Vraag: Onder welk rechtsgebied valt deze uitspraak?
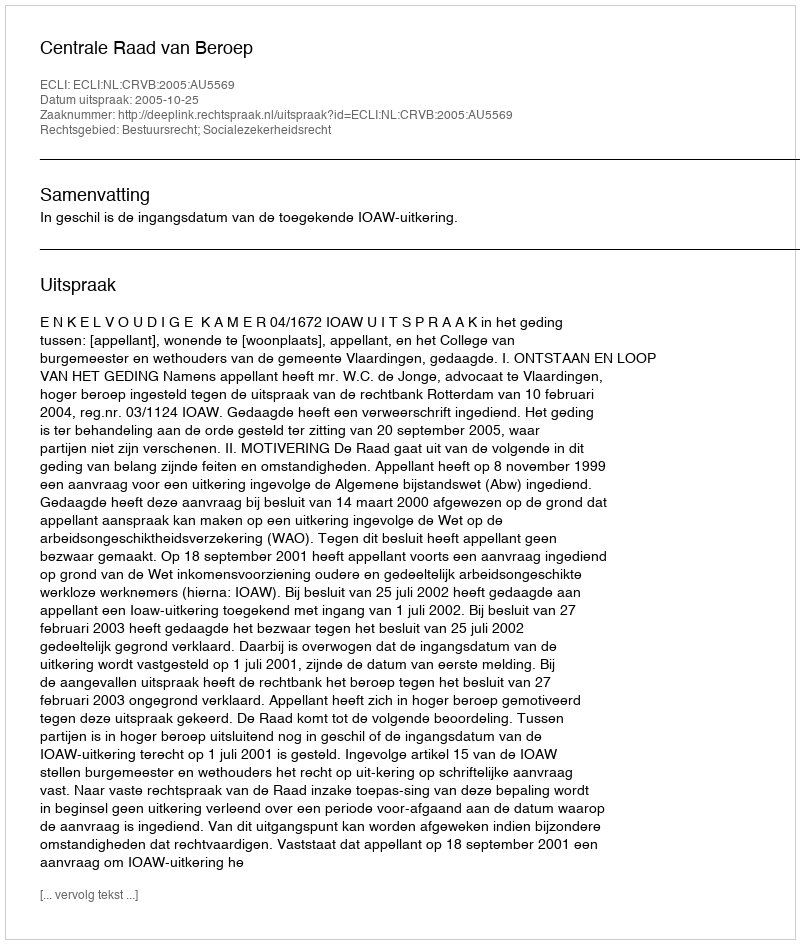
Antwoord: Bestuursrecht; Socialezekerheidsrecht